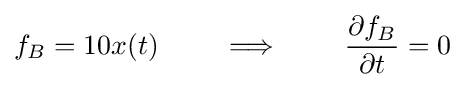
f_{B}=10x(t)\qquad \implies \qquad {\frac {\partial f_{B}}{\partial t}}=0